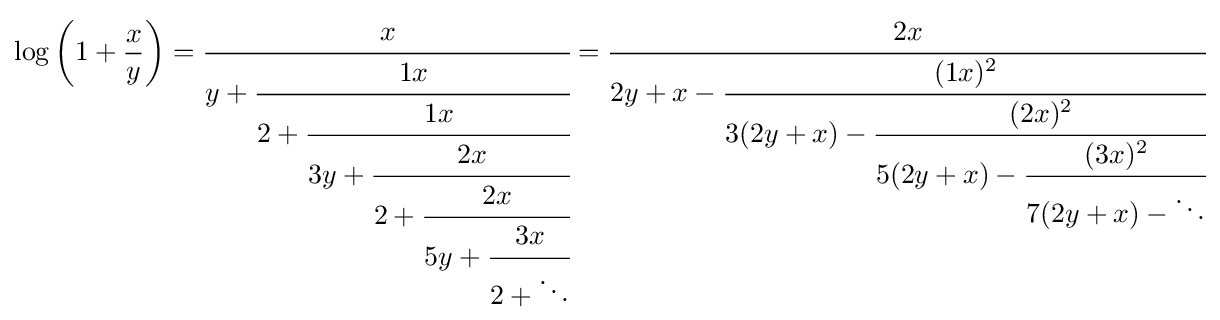
\log \left(1+{\frac {x}{y}}\right)={\cfrac {x}{y+{\cfrac {1x}{2+{\cfrac {1x}{3y+{\cfrac {2x}{2+{\cfrac {2x}{5y+{\cfrac {3x}{2+\ddots }}}}}}}}}}}}={\cfrac {2x}{2y+x-{\cfrac {(1x)^{2}}{3(2y+x)-{\cfrac {(2x)^{2}}{5(2y+x)-{\cfrac {(3x)^{2}}{7(2y+x)-\ddots }}}}}}}}